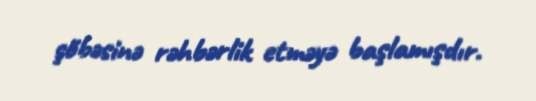
şöbəsinə rəhbərlik etməyə başlamışdır.